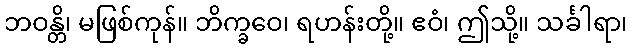
ဘဝန္တိ၊ မဖြစ်ကုန်။ ဘိက္ခဝေ၊ ရဟန်းတို့။ ဧဝံ၊ ဤသို့။ သင်္ခါရာ၊